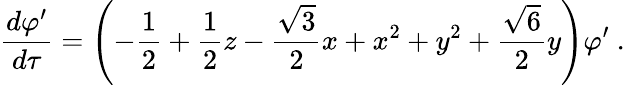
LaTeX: \frac{d\varphi^{\prime}}{d\tau}=\left(-\frac 12+\frac 12z-\frac{\sqrt{3}}{2}x+x^{2}+y^{2}+\frac{\sqrt 6}{2}y\right)\varphi^{\prime}\ .